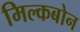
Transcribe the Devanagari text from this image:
मिल्कबोन